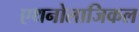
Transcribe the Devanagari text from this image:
एथनोलाजिकल